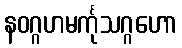
နဝဂ္ဂဟမင်္ကုသဂ္ဂဟော